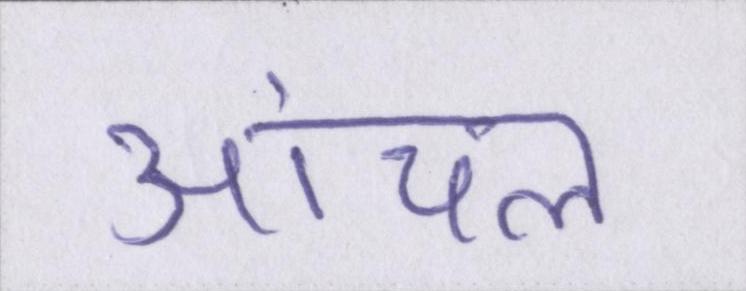
आंचल